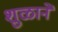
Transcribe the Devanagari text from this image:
शुळाने